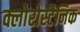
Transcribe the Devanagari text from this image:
क्लोरोस्टैनिक